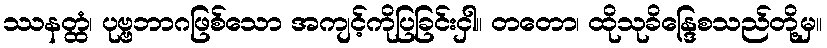
ဿနတ္ထံ၊ ပုဗ္ဗဘာဂဖြစ်သော အကျင့်ကိုပြခြင်းငှါ။ တတော၊ ထိုသုခိန္ဒြေစသည်တို့မှ။